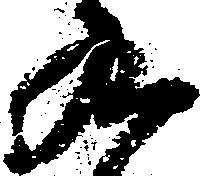
九